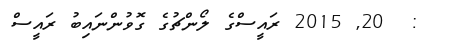
:  20